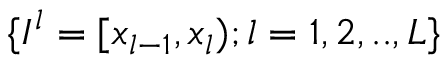
\{ I ^ { l } = [ x _ { l - 1 } , x _ { l } ) ; l = 1 , 2 , . . , L \}